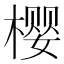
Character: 樱